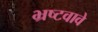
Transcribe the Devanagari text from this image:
भ्रष्टवावे